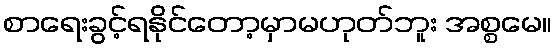
စာရေးခွင့်ရနိုင်တော့မှာမဟုတ်ဘူး အစ္စမေ။